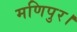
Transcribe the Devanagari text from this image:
मणिपुर।